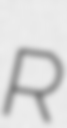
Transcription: R